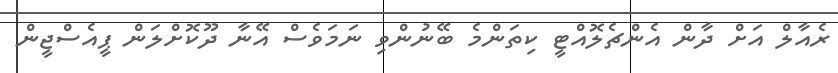
ރެއާލް އަށް ދާން އެންޗެލޮއްޓީ ކިތަންމެ ބޭނުންވި ނަމަވެސް އޭނާ ދޫކޮށްލަން ޕީއެސްޖީން